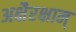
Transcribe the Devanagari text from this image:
अक्षैरक्षान्